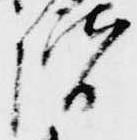
階